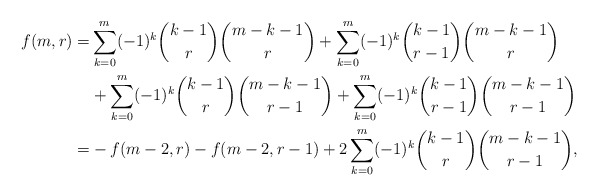
\begin{align*} f(m,r)=& \sum_{k=0}^m (-1)^k \binom{k-1}{r}\binom{m-k-1}{r}+\sum_{k=0}^m (-1)^k \binom{k-1}{r-1}\binom{m-k-1}{r}\\ &+ \sum_{k=0}^m (-1)^k \binom{k-1}{r}\binom{m-k-1}{r-1}+ \sum_{k=0}^m (-1)^k \binom{k-1}{r-1}\binom{m-k-1}{r-1}\\ =&-f(m-2,r)-f(m-2,r-1) +2\sum_{k=0}^m (-1)^k \binom{k-1}{r}\binom{m-k-1}{r-1},\end{align*}